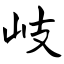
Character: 岐